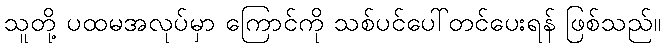
သူတို့ ပထမအလုပ်မှာ ကြောင်ကို သစ်ပင်ပေါ်တင်ပေးရန် ဖြစ်သည်။